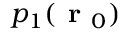
p _ { 1 } ( \textbf { r } _ { 0 } )